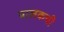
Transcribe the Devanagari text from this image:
पालकची